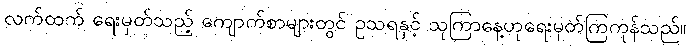
လက်ထက် ရေးမှတ်သည့် ကျောက်စာများတွင် ဥသရနှင့် သုကြာနေ့ဟုရေးမှတ်ကြကုန်သည်။